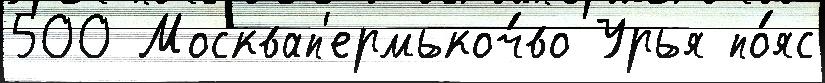
500 Москвап'ермькоч́во Урья по́яс